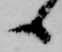
候